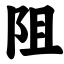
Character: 阻